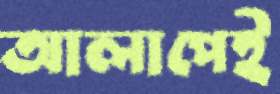
আলাপেই